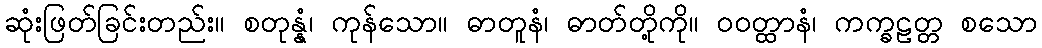
ဆုံးဖြတ်ခြင်းတည်း။ စတုန္နံ၊ ကုန်သော။ ဓာတူနံ၊ ဓာတ်တို့ကို။ ဝဝတ္ထာနံ၊ ကက္ခဠတ္တ စသော